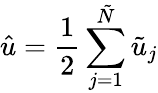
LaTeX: \hat{u}=\frac{1}{2}\sum_{j=1}^{\tilde{N}}\tilde{u}_{j}